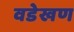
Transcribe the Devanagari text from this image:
वडेखण